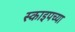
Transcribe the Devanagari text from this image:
स्काइपच्या